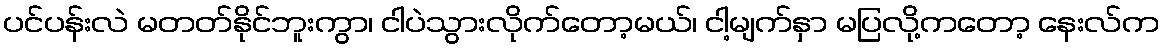
ပင်ပန်းလဲ မတတ်နိုင်ဘူးကွာ၊ ငါပဲသွားလိုက်တော့မယ်၊ ငါ့မျက်နှာ မပြလို့ကတော့ နေးလ်က